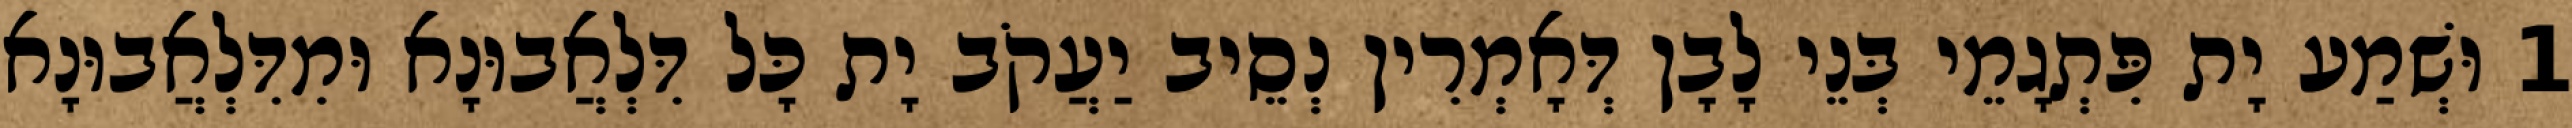
1 וּשְׁמַע יָת פִּתְגָמֵי בְּנֵי לָבָן דְּאָמְרִין נְסֵיב יַעֲקֹב יָת כָּל דִּלְאֲבוּנָא וּמִדִּלְאֲבוּנָא